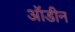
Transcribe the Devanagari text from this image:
ऑडीन